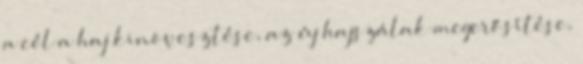
a cél a haj kinövesztése, az új hajszálak megerősítése,